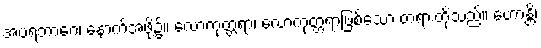
အပရဘာဂေ၊ နောက်အဖို့၌။ လောကုတ္တရာ၊ လောကုတ္တရာဖြစ်သော တရားတို့သည်။ ဟောန္တိ၊